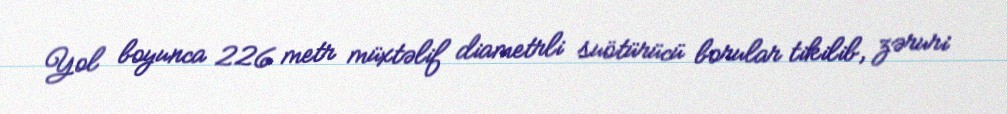
Yol boyunca 226 metr müxtəlif diametrli suötürücü borular tikilib, zəruri